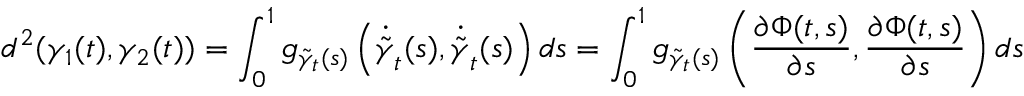
d ^ { 2 } ( \gamma _ { 1 } ( t ) , \gamma _ { 2 } ( t ) ) = \int _ { 0 } ^ { 1 } g _ { { \tilde { \gamma } } _ { t } ( s ) } \left( \dot { \tilde { \gamma } } _ { t } ( s ) , \dot { \tilde { \gamma } } _ { t } ( s ) \right) d s = \int _ { 0 } ^ { 1 } g _ { { \tilde { \gamma } } _ { t } ( s ) } \left( \frac { \partial \Phi ( t , s ) } { \partial s } , \frac { \partial \Phi ( t , s ) } { \partial s } \right) d s